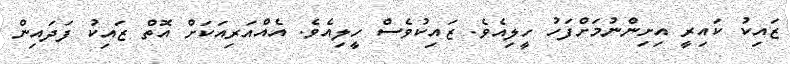
ޒައިކު ކައިރީ އިށިންނުމަށްފަހު ހީލިއެވެ. ޒައިކުވެސް ހީލިއެވެ. އެއްއަރިއަކަށް އޮތް ޒައިކު ފަދައިން